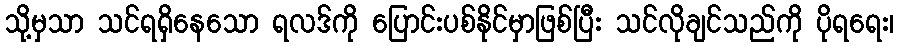
သို့မှသာ သင်ရရှိနေသော ရလဒ်ကို ပြောင်းပစ်နိုင်မှာဖြစ်ပြီး သင်လိုချင်သည်ကို ပိုရရေး၊